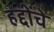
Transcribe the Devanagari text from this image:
हद्दींचे